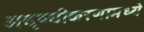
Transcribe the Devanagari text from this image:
अदृष्यीकरणामध्ये